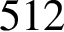
5 1 2